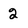
Character: 2